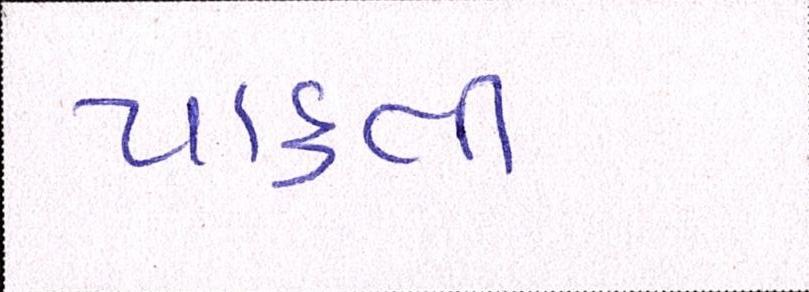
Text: પાકતી